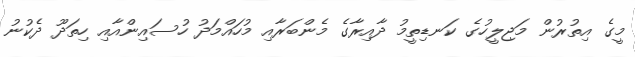
މީގެ އިތުރުން މަޖިލީހުގެ ކަނޑިތީމު ދާއިރާގެ މެންބަރާއި މުހައްމަދު ހުސައިންއާއި ހިތަދޫ ދެކުނު